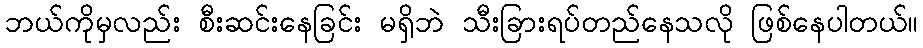
ဘယ်ကိုမှလည်း စီးဆင်းနေခြင်း မရှိဘဲ သီးခြားရပ်တည်နေသလို ဖြစ်နေပါတယ်။